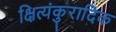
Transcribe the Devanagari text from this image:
क्षित्यंकुरादिक